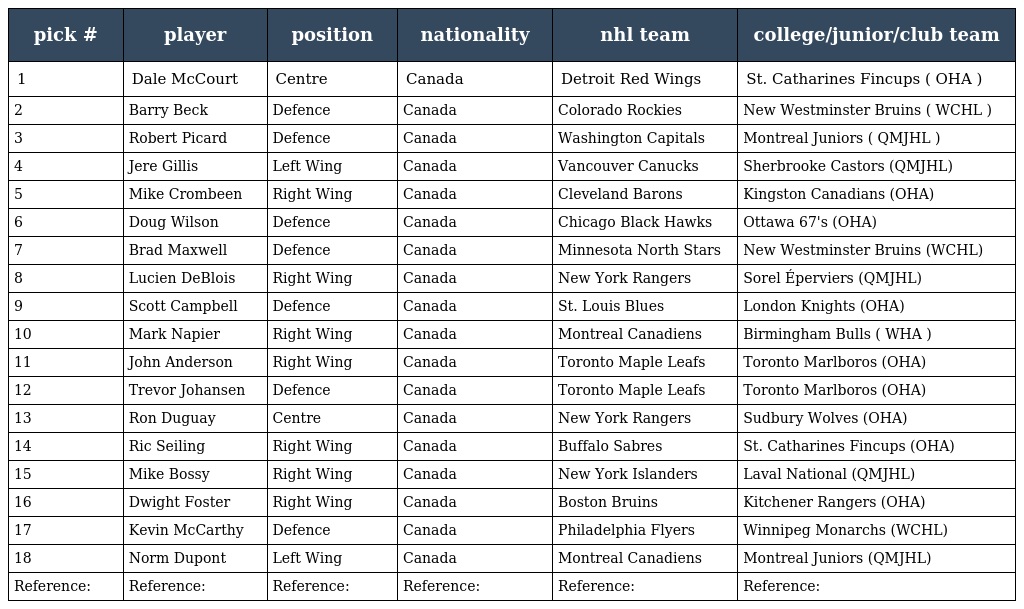
| pick # | player | position | nationality | nhl team | college/junior/club team |
 | --- | --- | --- | --- | --- | --- |
 | 1 | Dale McCourt | Centre | Canada | Detroit Red Wings | St. Catharines Fincups ( OHA ) |
 | 2 | Barry Beck | Defence | Canada | Colorado Rockies | New Westminster Bruins ( WCHL ) |
 | 3 | Robert Picard | Defence | Canada | Washington Capitals | Montreal Juniors ( QMJHL ) |
 | 4 | Jere Gillis | Left Wing | Canada | Vancouver Canucks | Sherbrooke Castors (QMJHL) |
 | 5 | Mike Crombeen | Right Wing | Canada | Cleveland Barons | Kingston Canadians (OHA) |
 | 6 | Doug Wilson | Defence | Canada | Chicago Black Hawks | Ottawa 67's (OHA) |
 | 7 | Brad Maxwell | Defence | Canada | Minnesota North Stars | New Westminster Bruins (WCHL) |
 | 8 | Lucien DeBlois | Right Wing | Canada | New York Rangers | Sorel Éperviers (QMJHL) |
 | 9 | Scott Campbell | Defence | Canada | St. Louis Blues | London Knights (OHA) |
 | 10 | Mark Napier | Right Wing | Canada | Montreal Canadiens | Birmingham Bulls ( WHA ) |
 | 11 | John Anderson | Right Wing | Canada | Toronto Maple Leafs | Toronto Marlboros (OHA) |
 | 12 | Trevor Johansen | Defence | Canada | Toronto Maple Leafs | Toronto Marlboros (OHA) |
 | 13 | Ron Duguay | Centre | Canada | New York Rangers | Sudbury Wolves (OHA) |
 | 14 | Ric Seiling | Right Wing | Canada | Buffalo Sabres | St. Catharines Fincups (OHA) |
 | 15 | Mike Bossy | Right Wing | Canada | New York Islanders | Laval National (QMJHL) |
 | 16 | Dwight Foster | Right Wing | Canada | Boston Bruins | Kitchener Rangers (OHA) |
 | 17 | Kevin McCarthy | Defence | Canada | Philadelphia Flyers | Winnipeg Monarchs (WCHL) |
 | 18 | Norm Dupont | Left Wing | Canada | Montreal Canadiens | Montreal Juniors (QMJHL) |
 | Reference: | Reference: | Reference: | Reference: | Reference: | Reference: |